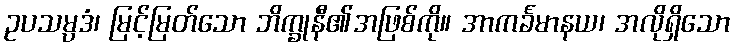
ဥပသမ္ပဒံ၊ မြင့်မြတ်သော ဘိက္ခုနီ၏အဖြစ်ကို။ အာကင်္ခမာနယ၊ အလိုရှိသော